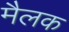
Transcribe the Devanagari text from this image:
मैलक